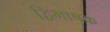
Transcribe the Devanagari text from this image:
द्विभाषक